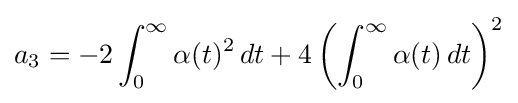
\displaystyle {a_{3}=-2\int _{0}^{\infty }\alpha (t)^{2}\,dt+4\left(\int _{0}^{\infty }\alpha (t)\,dt\right)^{2}}